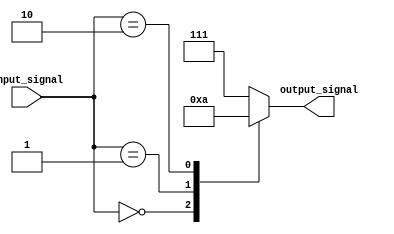
module case_statement_block(
    input wire [1:0] input_signal,
    output reg [2:0] output_signal
);

always @(*)
begin
    case(input_signal)
        2'b00: output_signal = 3'b000; // If input_signal is 00, set output_signal to 000
        2'b01: output_signal = 3'b001; // If input_signal is 01, set output_signal to 001
        2'b10: output_signal = 3'b010; // If input_signal is 10, set output_signal to 010
        default: output_signal = 3'b111; // Default case, set output_signal to 111
    endcase
end

endmodule